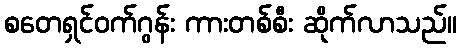
စတေရှင်ဝက်ဂွန်း ကားတစ်စီး ဆိုက်လာသည်။